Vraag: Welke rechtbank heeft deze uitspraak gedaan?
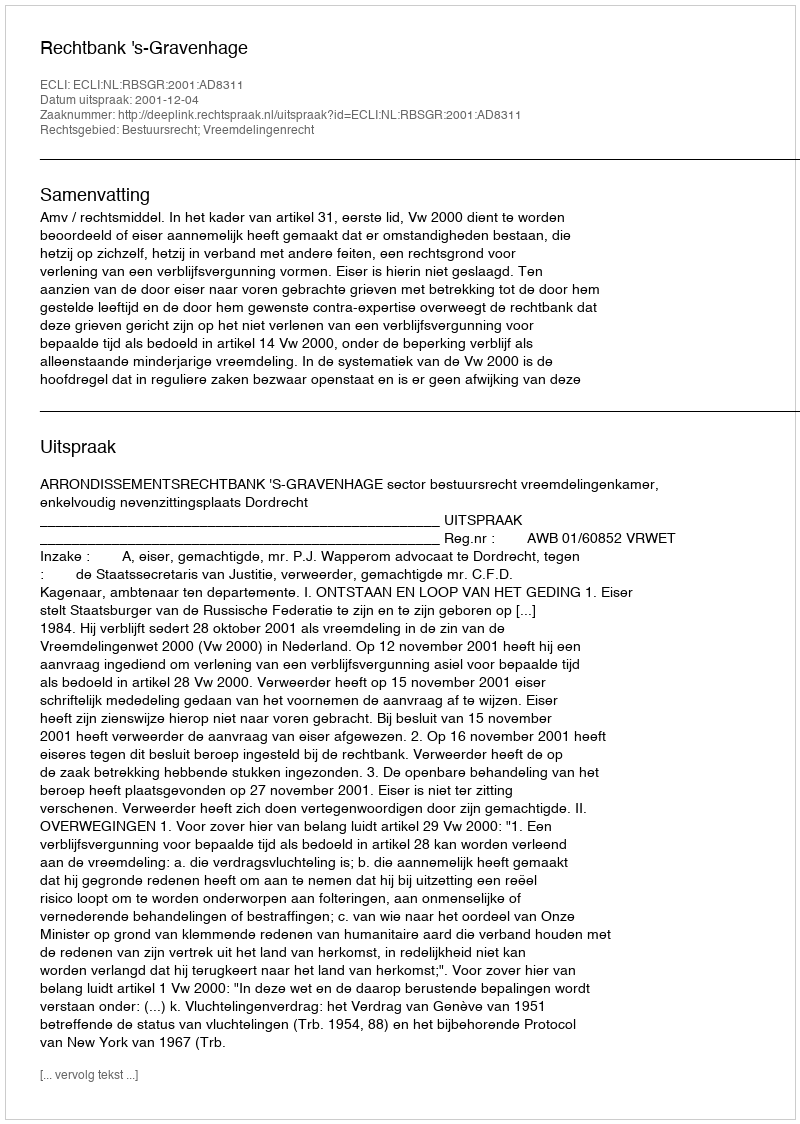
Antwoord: Rechtbank 's-Gravenhage